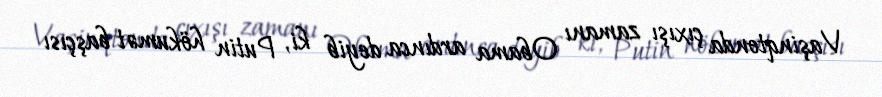
Vaşinqtonda çıxışı zamanı Obama ardınca deyib ki, Putin hökumət başçısı